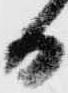
日